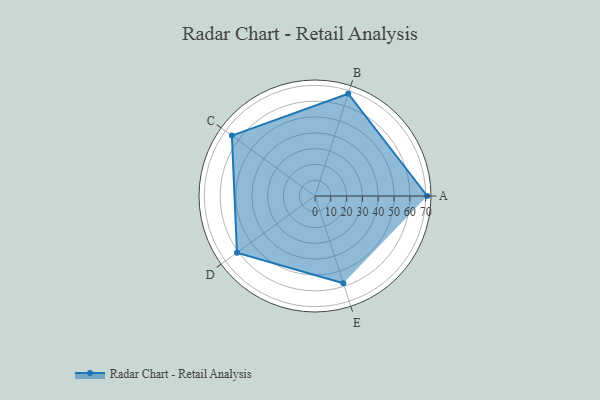
{"axis": {"x": "Skill", "y": "Score"}, "legend": ["Profile"], "data": [{"x": "A", "y": 71.0, "type": "Profile"}, {"x": "B", "y": 68.0, "type": "Profile"}, {"x": "C", "y": 65.0, "type": "Profile"}, {"x": "D", "y": 61.0, "type": "Profile"}, {"x": "E", "y": 58.0, "type": "Profile"}]}